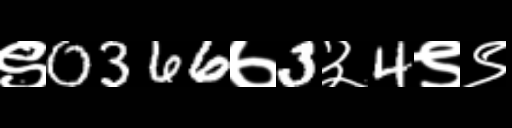
Text: ९0366७3३4९९